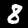
Label: 8